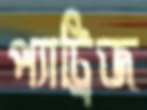
প্যাট্রিজ